Karksi_vallavalitsus, lk 148
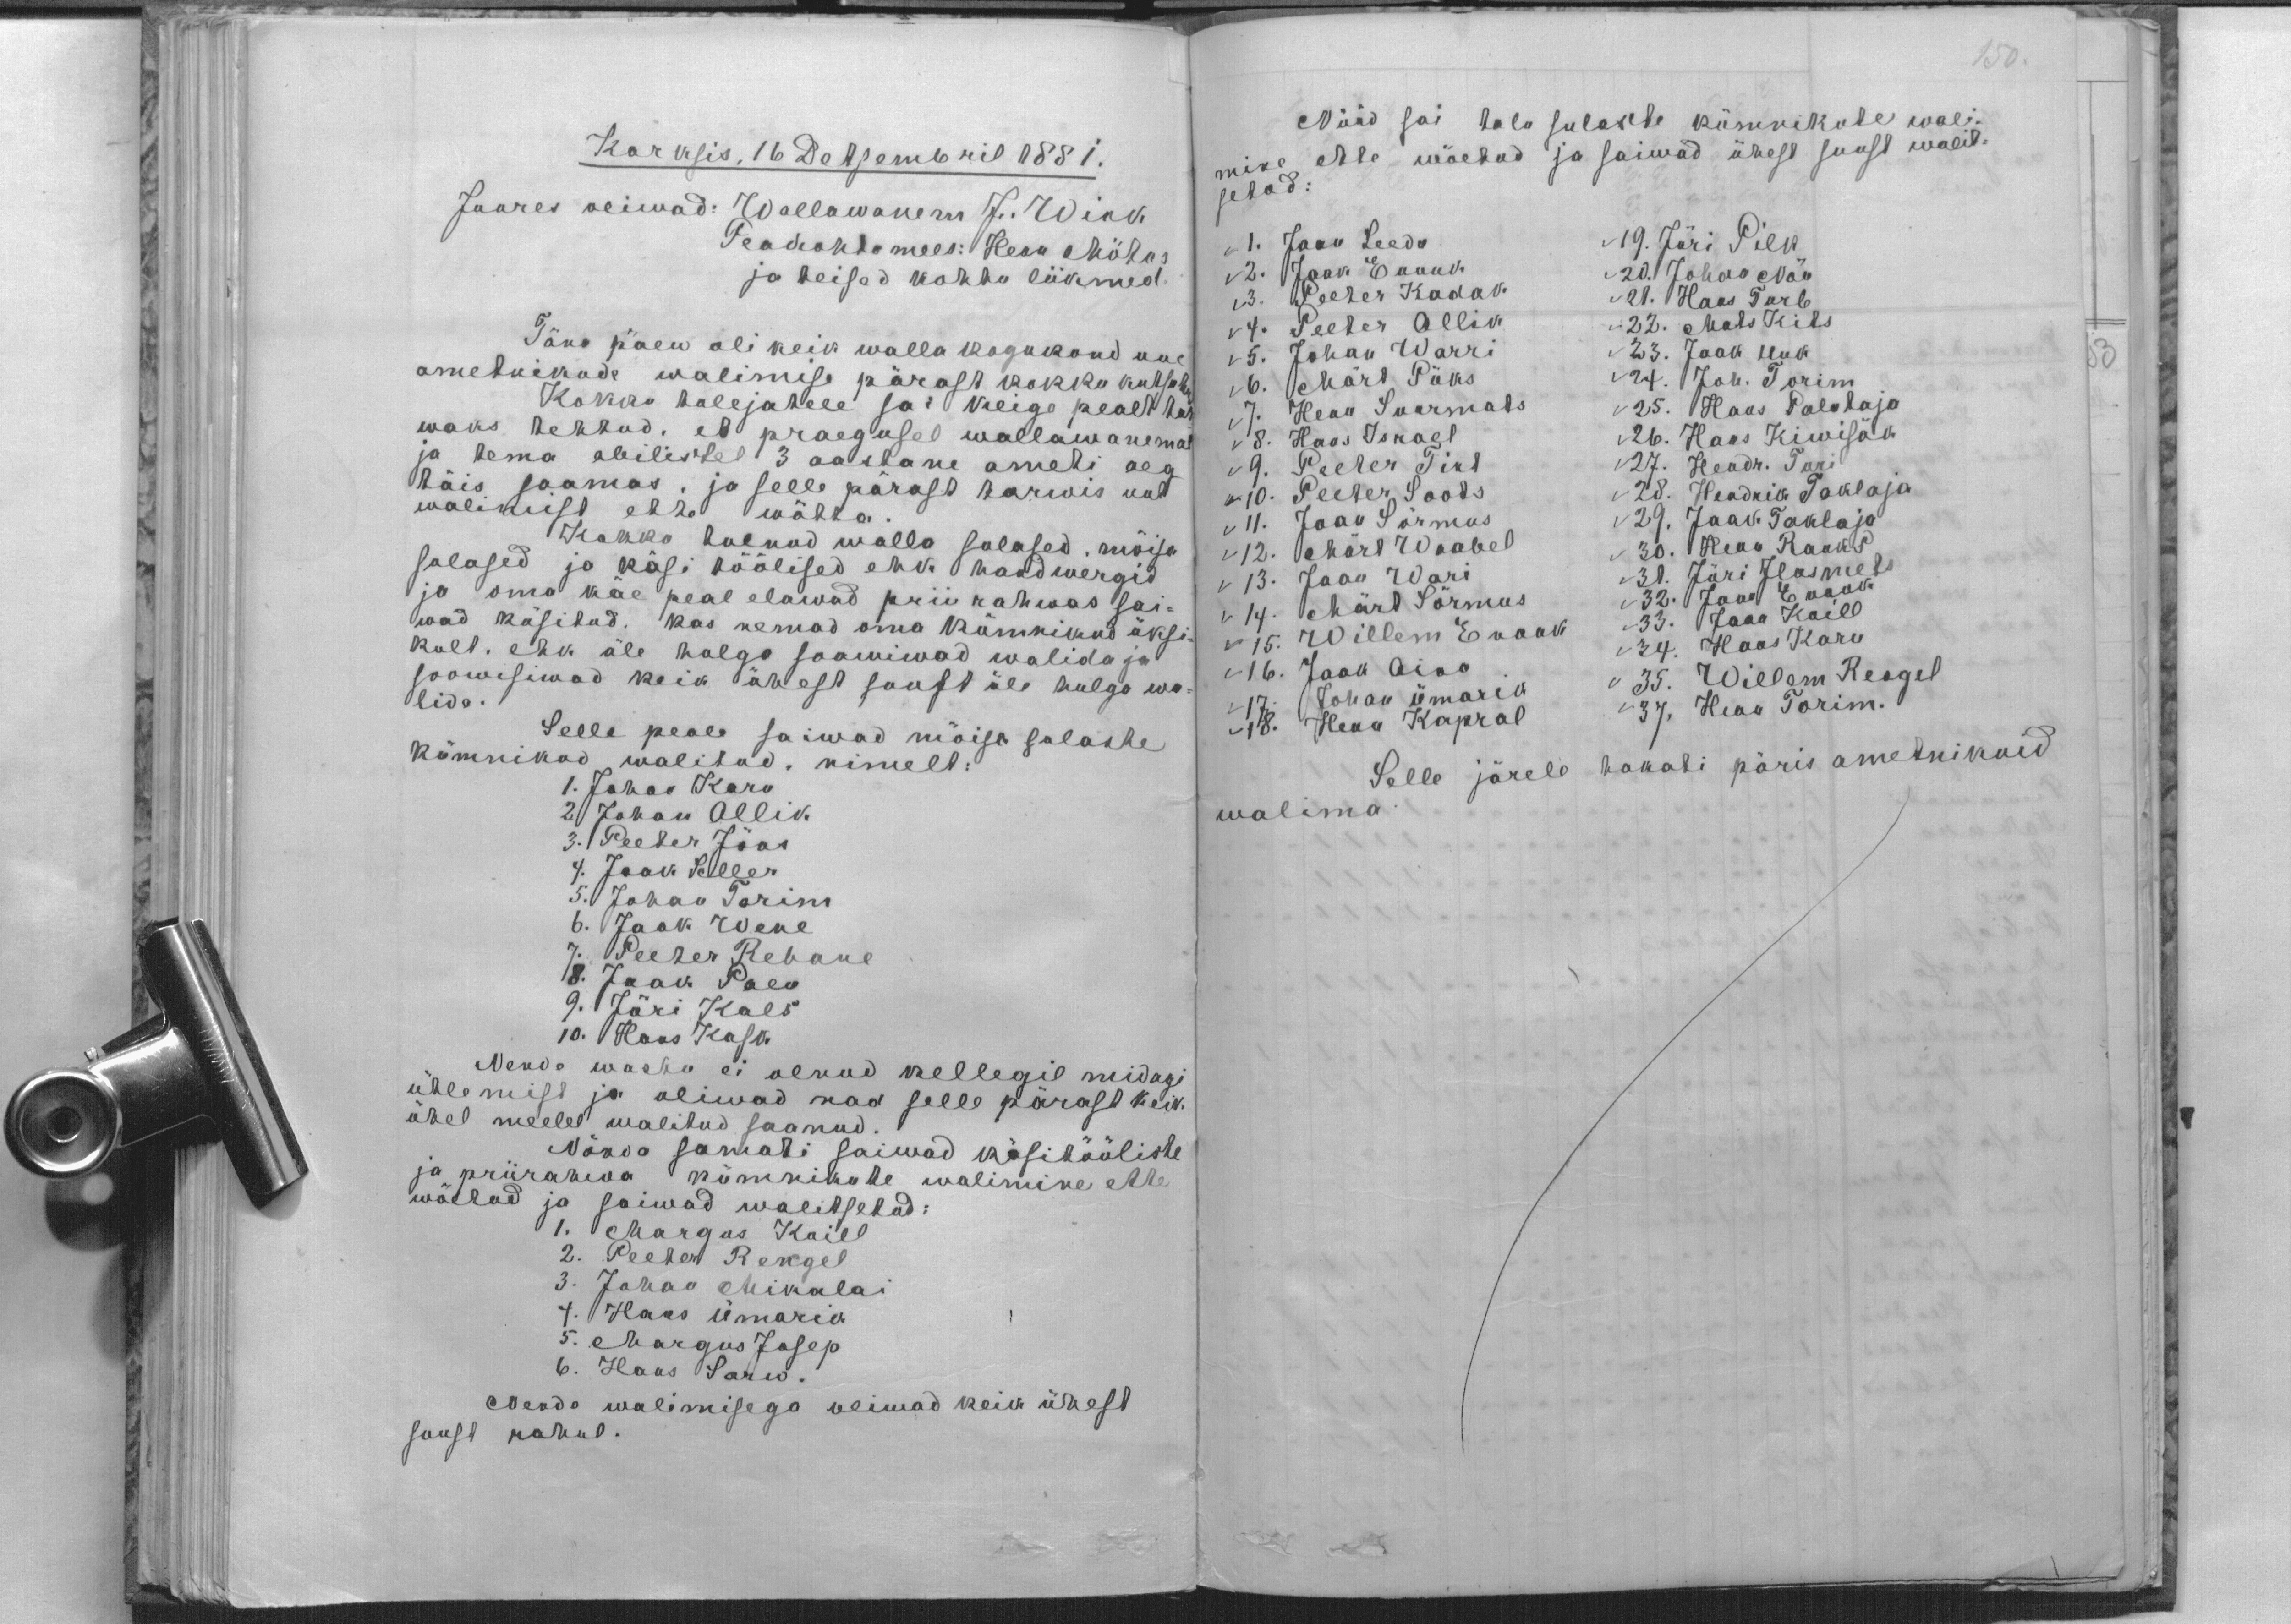
150.

Karksis, 16 Detsembril 1881.
Juures oliwad: Wallawanem J. Wink.
Peakohdo mees: Henn Möhus
ja teised kohtu liikmed
Täna päew oli keik walla kogukond uue
ametnikude walimise pärast kokku kutsut
Kokku tulejatele sai keige pealt hw.
waks tehtud, et praegusel wallawanemal
ja tema abilistel 3 aastane ameti aeg
täis saamas, ja selle pärast tarwis uut
walimist ette wötta.
Kokko tulnud walla sulased, mõisa
sulased ja käsi töölised ehk handwergid
ja oma käe peal elawad prii rahwas sai-
wad käsitud. Kas nemad oma kümnikud üksi
kult, ehk üle hulga soowiwad walida ja
soowisiwad keik ühest suust üle hulga wa-
lida.
Selle peale saiwad mõisa sulaste
kümnikud walitud, nimelt:
1. Johan Karu
2. Johan Allik,
3. Peeter Jöks
4. Jaan Seller
5. Johan Torim
6. Jaak Wene
7. Peeter Rebane
18. Jaak Paev
9. Jüri Kals
10. Hans Kask.
Nende wasto ei olnud kellegil midagi
ütlemist ja oliwad nad selle pärast keik.
ühel meelel walitud saanud.
Nõava samati saiwad käsitööliste
ja priirahwa kümnikute walimine ette
wõetud ja saiwad walitsetud:
1. Margus Kaiel
2. Peeter Rengel
3. Johan Mikalai
7. Hans Ümarik
5. Margus Josep
6. Hans Sarw.
Nende walimisega oliwad keik ühest
suust rahul.

Nüüd sai talu sulaste kümnikute wali-
mine ette wõetud ja saiwad ühest suust walit-
setud:
1. Jaan Leedu
19. Jüri Pilk.
2. Jaak Ennuk
20. Johan Nöu
3. Peeter Kadak
21. Hans Turb
4. Peeter Allik
22. Mats Kits.
5. Johan Warri
23. Jaak Uuk
6. Märt Püks
24. Joh. Torim
7. Henn Suurmats
25. Hans Palutaja
8. Hans Israel
26. Hans Kiwisäk
9. Peeter Tint
27. Hendr. Turi
10. Peeter Soouts.
28. Hendrik Taklaja
11. Jaan Sörmus
29. Jaan Taklaja
12. Märt Waabel
30. Henn Rauks
13. Jaan Wari
31. Jüri Ilasmets
14. Märt Sörmus
33. Jaak Eraak
15. Willem Eraak
33. Jaan Kaill
34. Hans Karu
16. Jaak Aino
35. Willem Reogel
17. Johan Ümarik
18. Henn Kapral
37. Henn Torim
Selle järele hakati päris ametnikuid
walima.